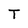
Character: T